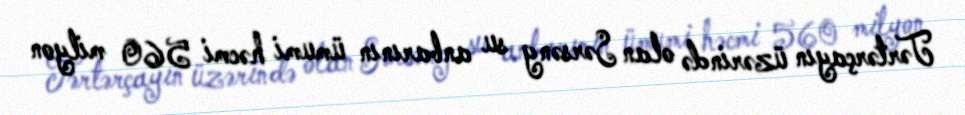
Tərtərçayın üzərində olan Sərsəng su anbarının ümumi həcmi 560 milyon